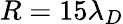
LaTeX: R=15\lambda_{D}